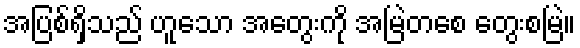
အပြစ်ရှိသည် ဟူသော အတွေးကို အမြဲတစေ တွေးစမြဲ။